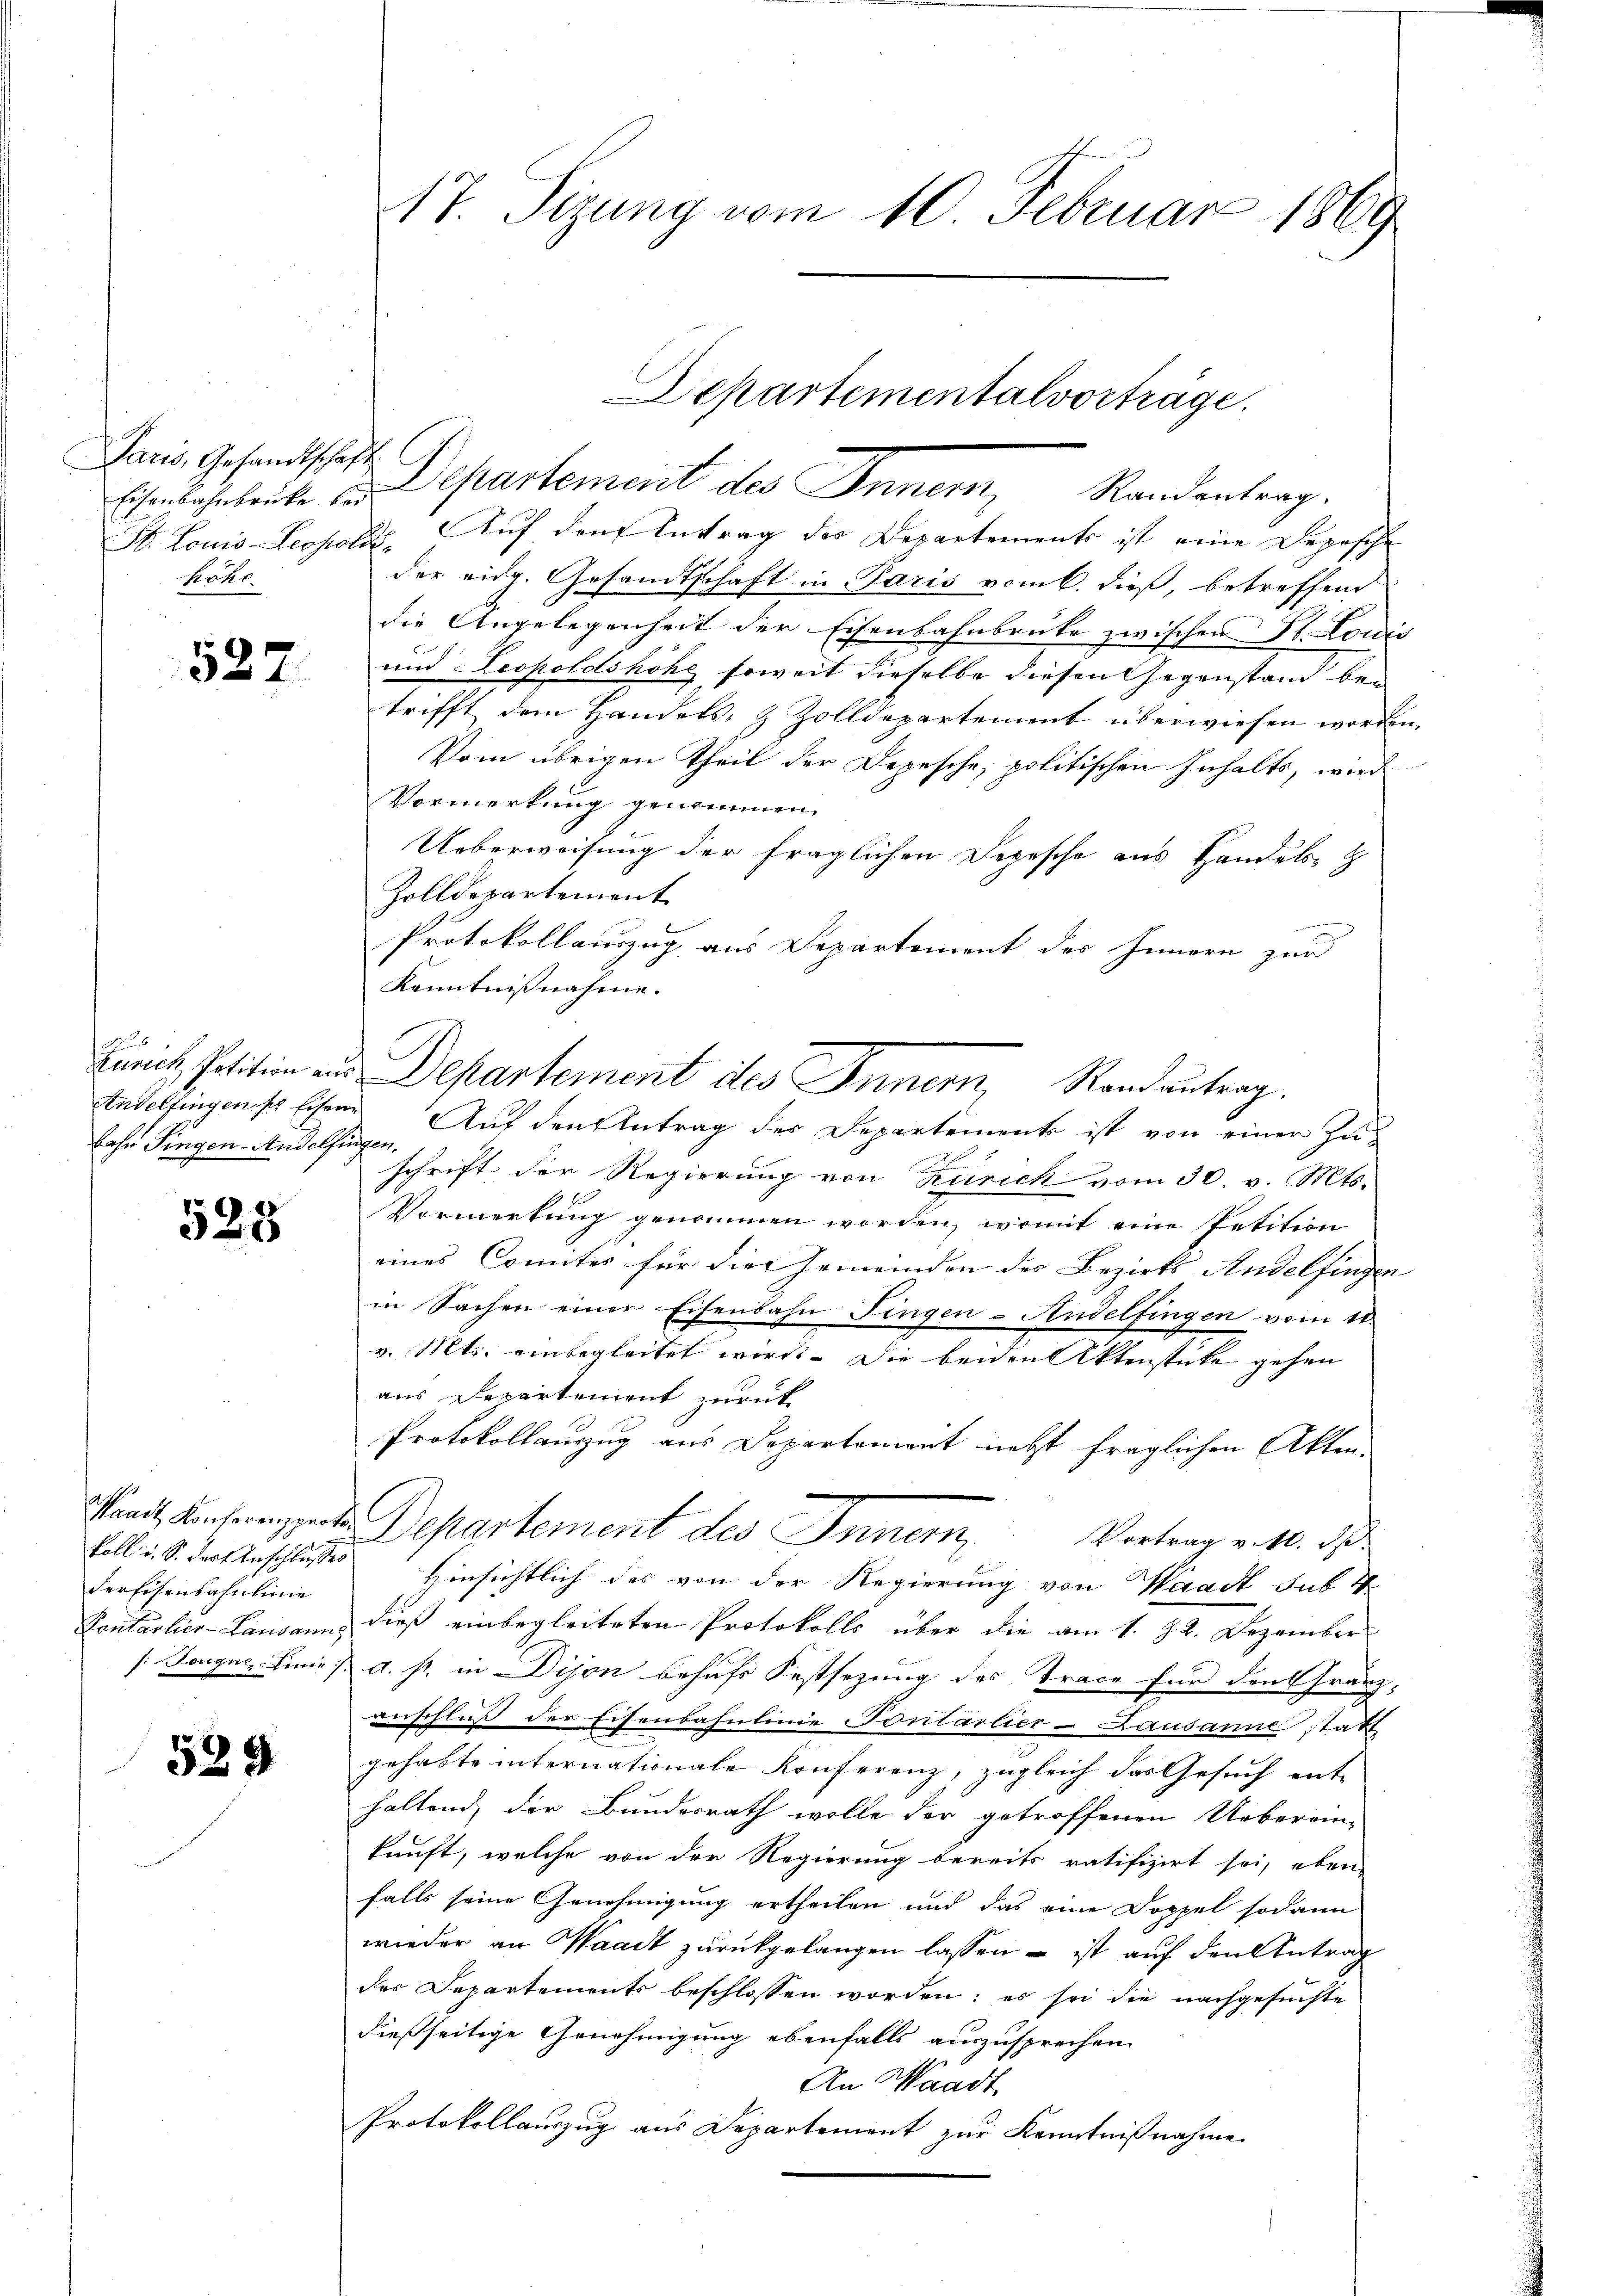
Daris, Gesandtschaft
Pott

527

4
Andelfingen der Eisen
bahn Singen-Andelfingen.

523

der Eisenbahnlinie

539

St. Louis-Leopolde. Auf den Antrag der Departements ist eine Depesche
der eidg. Gesandtschaft in Paris vom 6. dieß, betreffend
die Angelegenheit der Eisenbahnbrüte zwischen St. Louis
und Leopoldshöhe soweit dieselbe diesen Gegenstand bei
trifft dem Handels- & Zolldepartement überwiesen worden,
Vom übrigen Theil der Depesche, politischen Inhalts, wird
Vormerkung genommen.
Ueberweisung der fraglichen Depesche aus Handels- &
Zolldepartement
Protokollauszug aus Departement des Innern zur
Kenntnißnahme.
furch Petition aus Departement des Innern, Randantrag.
Auf den Antrag der Departements ist von einer Zuschrift der Regierung von Zürich vom 30. v. Mts.
Vormerkung genommen worden, womit eine Petition
eines Comites für die Gemeinden des Bezirks Andelfingen
in Sachen einer Eisenbahn Fingen-Andelfingen vom 11
v. Mts. einbegleitet wird. Die beiden Aktenstücke gehen
aus Departement zurück
Protokollauszug aus Departonient nebst fraglichen Akten.
Stand Unterenspeten Departement des Innern, Vortrag v. M. da
koll u. S. Fertinschlusses Hinsichtlich des von der Regierung von Waadt sub 4
Kontarlier-Landann, dieß einbegleiteten Protokolls über die am 1. 22. Dezember
/: Zeugne, Linie a. s. in Dison behufs Festsezung des Trace für den Franz-
anschluß der Eisenbahnlinie Pontarlier-Lausanne statt
gehabte internationale Konferenz, zugleich das Gesuch ent-
haltend, die Bundesrath wolle der getroffenen Ueberein-
kunft, welche von der Regierung bereits ratifizirt sei, eben
falls seine Genehmigung ertheilen und das eine Doppel sodann
wieder an Waadt zŭrückgelangen lassen – ist auf den Antrag
der Departements beschlossen worden; es sei die nachgesuchte
dießseitige Genehmigung ebenfalls auszusprechen.
An Waadt
Protokollauszug aus Departement zur Kenntnißnahme

17. Sizung vom 10. Februar 1869

Departementalvorträge.
Ehewohnheite u. Departement des Inner, Standentrag.